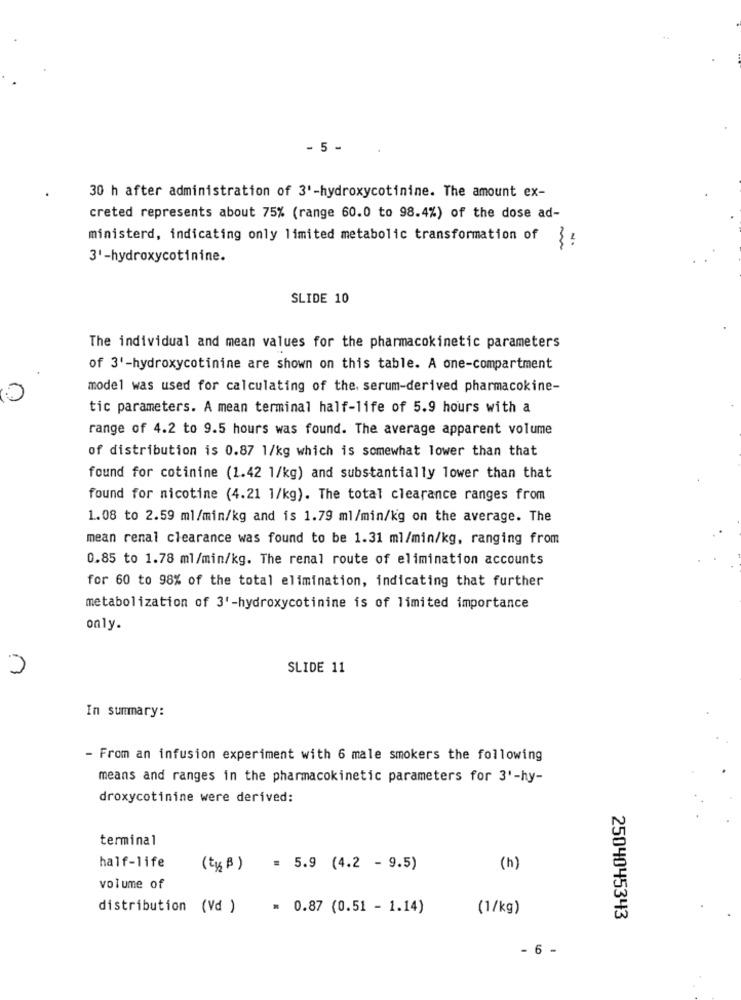
- 5 -
30 h after administration of 3'-hydroxycotinine. The amount ex-
creted represents about 75% (range 60.0 to 98.4%) of the dose ad-
ministerd, indicating only limited metabolic transformation of }:
3'-hydroxycotinine.
SLIDE 10
The individual and mean values for the pharmacokinetic parameters
of 3'-hydroxycotinine are shown on this table. A one-compartment
model was used for calculating of the, serum-derived pharmacokine-
0
tic parameters. A mean terminal half-life of 5.9 hours with a
range of 4.2 to 9.5 hours was found. The average apparent volume
of distribution is 0.87 1/kg which is somewhat lower than that
found for cotinine (1.42 1/kg) and substantially lower than that
found for nicotine (4.21 1/kg). The total clearance ranges from
1.08 to 2.59 ml/min/kg and is 1.79 ml/min/kg on the average. The
mean renal clearance was found to be 1.31 ml/min/kg, ranging from
0.85 to 1.78 ml/min/kg. The renal route of elimination accounts
for 60 to 98% of the total elimination, indicating that further
metabolization of 3'-hydroxycotinine is of limited importance
only.
SLIDE 11
In summary:
- From an infusion experiment with 6 male smokers the following
means and ranges in the pharmacokinetic parameters for 3'-hy-
droxycotinine were derived:
terminal
half-life
(ty2 B ) = 5.9 (4.2 - 9.5)
(h)
volume of
distribution (Vd )
= 0.87 (0.51 - 1.14)
(1/kg)
2504045343
- 6 -